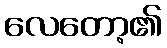
လေတော့၏